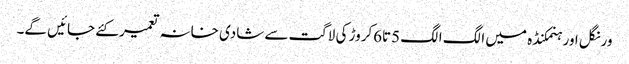
ورنگل اور ہنمکنڈہ میں الگ الگ 5تا6کروڑ کی لاگت سے شادی خانہ تعمیر کئے جائیں گے۔